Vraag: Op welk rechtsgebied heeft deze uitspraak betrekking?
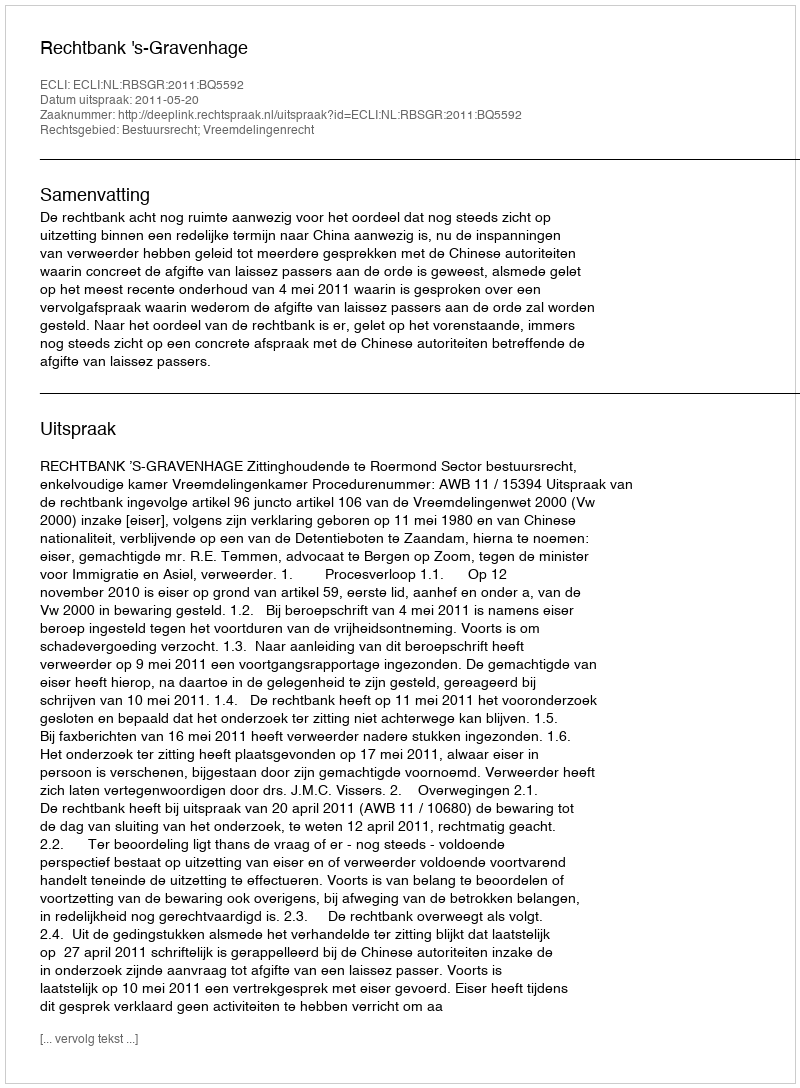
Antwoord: Bestuursrecht; Vreemdelingenrecht